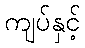
ကျပ်နှင့်